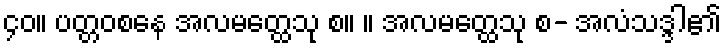
၄၀။ ပတ္တဝစနေ အလမတ္ထေသု စ။ ။ အလမတ္ထေသု စ- အလံသဒ္ဒါ၏